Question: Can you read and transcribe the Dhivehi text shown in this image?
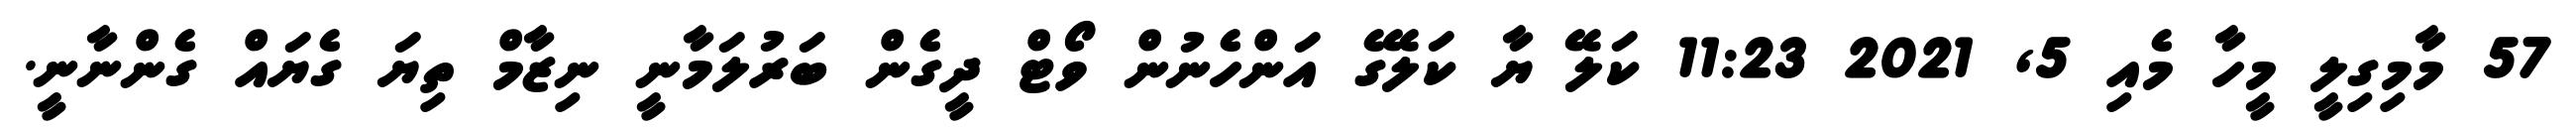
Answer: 57 މާމިގިލީ މީހާ މެއި 5, 2021 11:23 ކަލޭ ޔާ ކަލޭގެ އަންހެނުން ވޯޓް ދީގެން ބަރުލަމާނީ ނިޒާމް ތިޔަ ގެޔައް ގެންނާނީ.